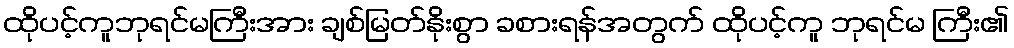
ထိုပင့်ကူဘုရင်မကြီးအား ချစ်မြတ်နိုးစွာ ခစားရန်အတွက် ထိုပင့်ကူ ဘုရင်မ ကြီး၏